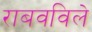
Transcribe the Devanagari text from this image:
राबवविले